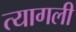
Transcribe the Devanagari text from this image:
त्यागली